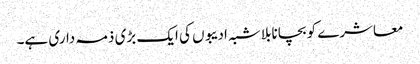
معاشرے کو بچانا بلاشبہ ادیبوں کی ایک بڑی ذمہ داری ہے۔